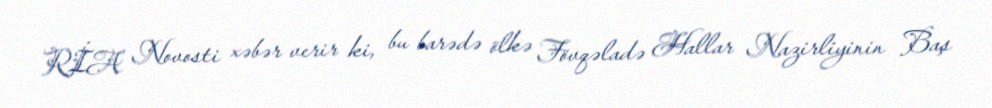
RİA Novosti xəbər verir ki, bu barədə ölkə Fövqəladə Hallar Nazirliyinin Baş